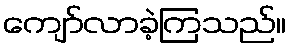
ကျော်လာခဲ့ကြသည်။